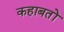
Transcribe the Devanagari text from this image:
कहाबतों